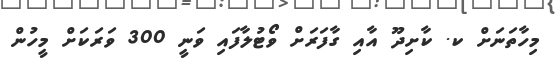
މިހާތަނަށް ކ. ކާށިދޫ އާއި ގާފަރަށް ވޯޓުލާފައި ވަނީ 300 ވަރަކަށް މީހުން